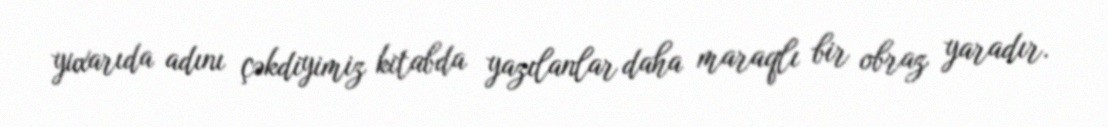
yuxarıda adını çəkdiyimiz kitabda yazılanlar daha maraqlı bir obraz yaradır.